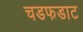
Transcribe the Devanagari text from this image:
चडफडाट